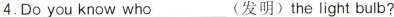
4.Do you know who ___(发明) the light bulb?